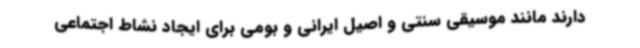
دارند مانند موسیقی سنتی و اصیل ایرانی و بومی برای ایجاد نشاط اجتماعی